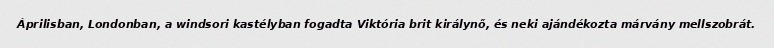
Áprilisban, Londonban, a windsori kastélyban fogadta Viktória brit királynő, és neki ajándékozta márvány mellszobrát.